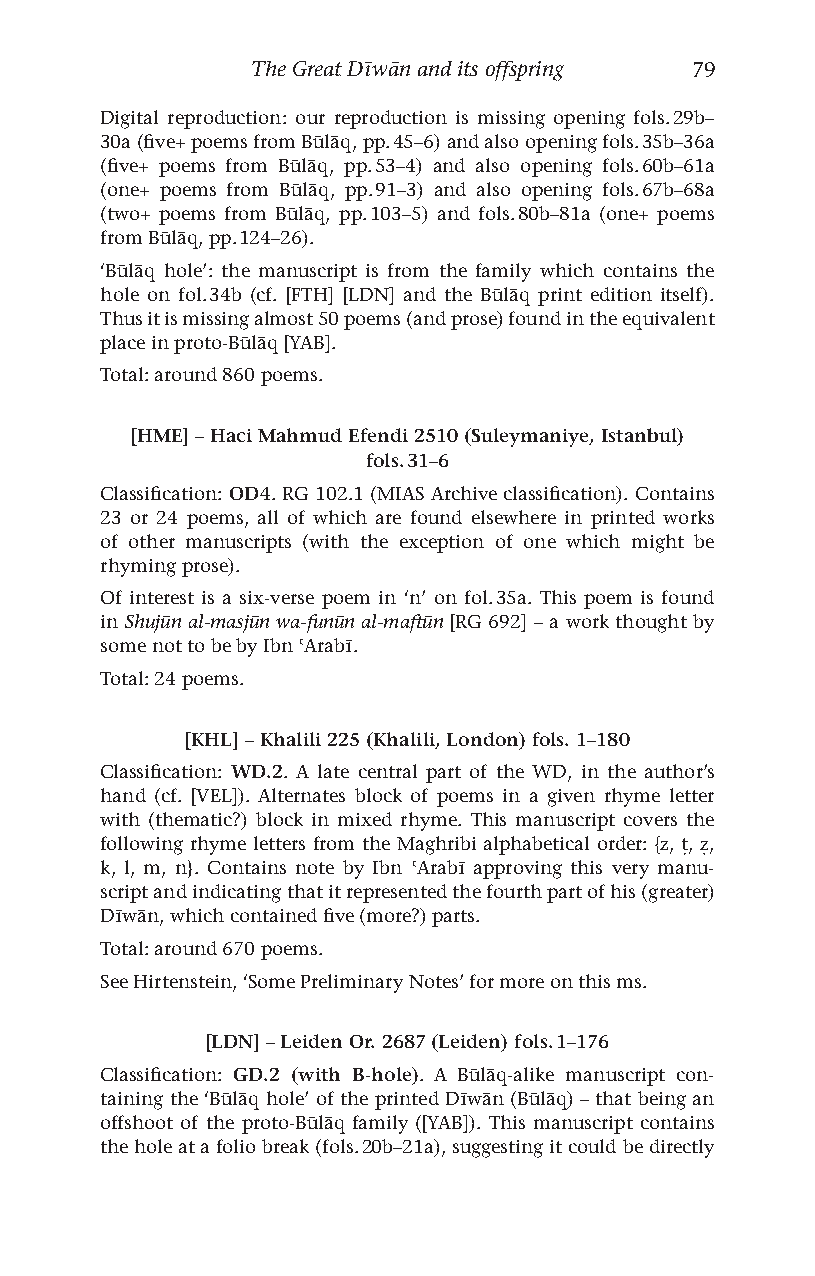
The Great Dīwān and its offspring 79
 Digital reproduction: our reproduction is missing opening fols. 29b–
 30a (five+ poems from Būlāq, pp. 45–6) and also opening fols. 35b–36a
 (five+ poems from Būlāq, pp. 53–4) and also opening fols. 60b–61a
 (one+ poems from Būlāq, pp. 91–3) and also opening fols. 67b–68a
 (two+ poems from Būlāq, pp. 103–5) and fols. 80b–81a (one+ poems
 from Būlāq, pp. 124–26).
 ‘Būlāq hole’: the manuscript is from the family which contains the
 hole on fol. 34b (cf. [FTH] [LDN] and the Būlāq print edition itself).
 Thus it is missing almost 50 poems (and prose) found in the equivalent
 place in proto-Būlāq [YAB].
 Total: around 860 poems.
 [HME] – Haci Mahmud Efendi 2510 (Suleymaniye, Istanbul)
 fols. 31–6
 Classification: OD4. RG 102.1 (MIAS Archive classification). Contains
 23 or 24 poems, all of which are found elsewhere in printed works
 of other manuscripts (with the exception of one which might be
 rhyming prose).
 Of interest is a six-verse poem in ‘n’ on fol. 35a. This poem is found
 in Shujūn al-masjūn wa-funūn al-maftūn [RG 692] – a work thought by
 some not to be by Ibn ʿArabī.
 Total: 24 poems.
 [KHL] – Khalili 225 (Khalili, London) fols. 1–180
 Classification: WD.2. A late central part of the WD, in the author’s
 hand (cf. [VEL]). Alternates block of poems in a given rhyme letter
 with (thematic?) block in mixed rhyme. This manuscript covers the
 following rhyme letters from the Maghribi alphabetical order: {z, ṭ, ẓ,
 k, l, m, n}. Contains note by Ibn ʿArabī approving this very manu-
 script and indicating that it represented the fourth part of his (greater)
 Dīwān, which contained five (more?) parts.
 Total: around 670 poems.
 See Hirtenstein, ‘Some Preliminary Notes’ for more on this ms.
 [LDN] – Leiden Or. 2687 (Leiden) fols. 1–176
 Classification: GD.2 (with B-hole). A Būlāq-alike manuscript con-
 taining the ‘Būlāq hole’ of the printed Dīwān (Būlāq) – that being an
 offshoot of the proto-Būlāq family ([YAB]). This manuscript contains
 the hole at a folio break (fols. 20b–21a), suggesting it could be directly